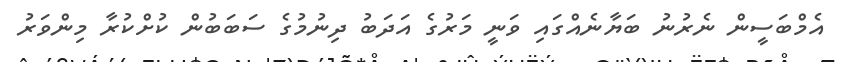
އެމްބަސީން ނެރުނު ބަޔާނެއްގައި ވަނީ މަރުގެ އަދަބު ދިނުމުގެ ސަބަބުން ކުށްކުރާ މިންވަރު